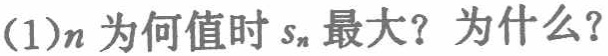
(1)\(n\)为何值时\(s_{n}\)最大？为什么？